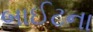
બાઈટના